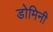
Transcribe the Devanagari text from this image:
डोमिनी